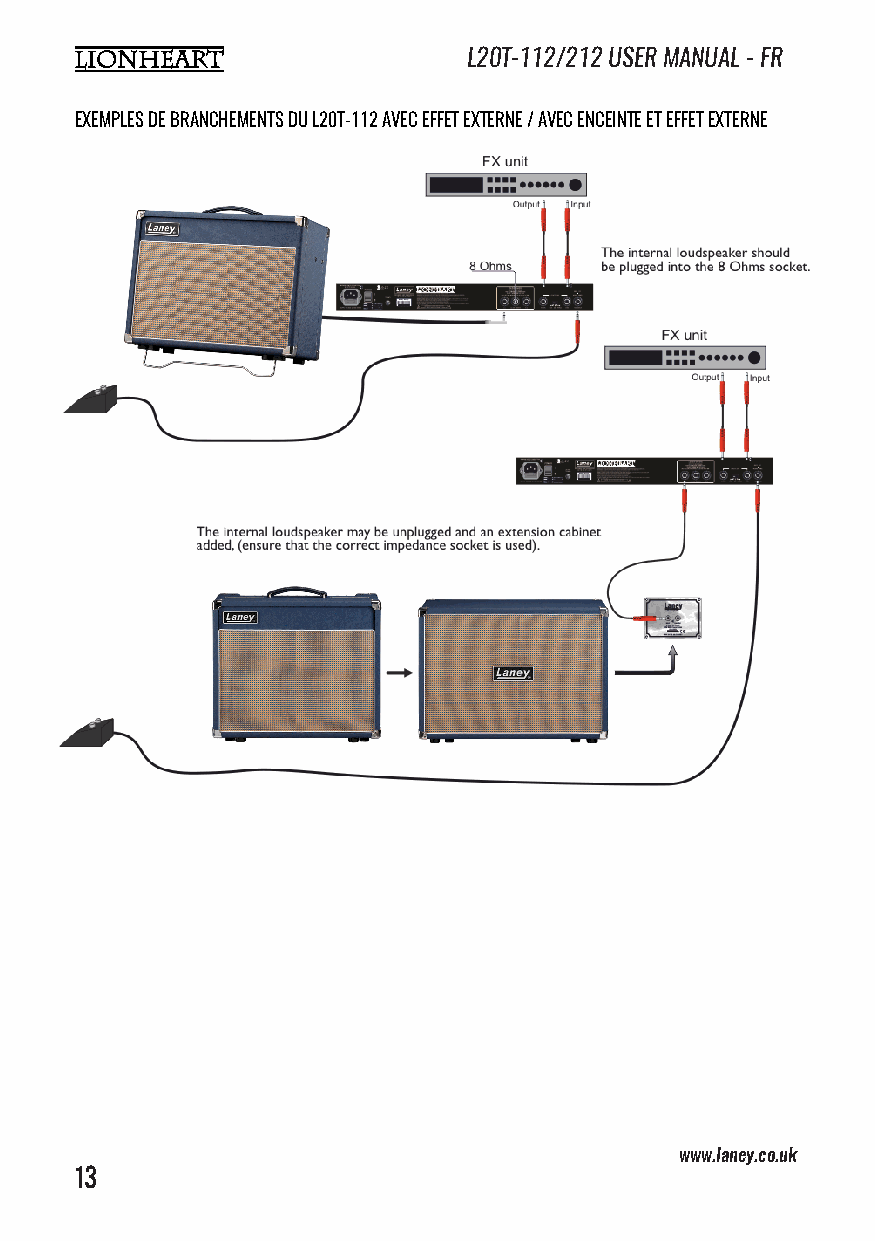
L20T-112/212 USER MANUAL - FR
 EXEMPLES DE BRANCHEMENTS DU L20T-112 AVEC EFFET EXTERNE / AVEC ENCEINTE ET EFFET EXTERNE
 www.laney.co.uk                              www.laney.co.uk
 13